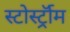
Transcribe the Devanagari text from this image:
स्टोर्स्ट्रॉम